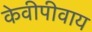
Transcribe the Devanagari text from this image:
केवीपीवाय